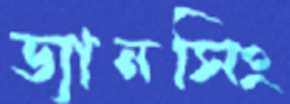
ড্যানসিং